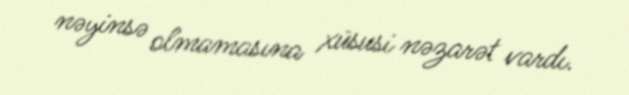
nəyinsə olmamasına xüsusi nəzarət vardı.